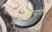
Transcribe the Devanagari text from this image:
चरनांत